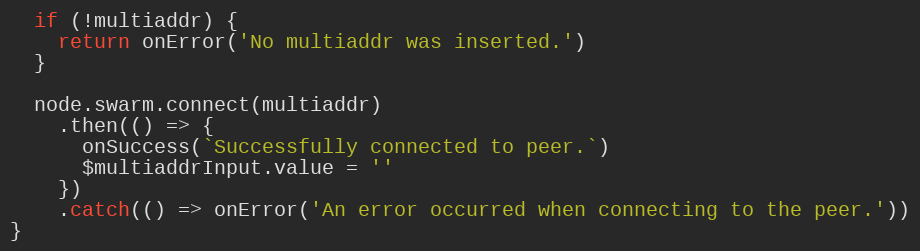
Language: JavaScript
  if (!multiaddr) {
    return onError('No multiaddr was inserted.')
  }

  node.swarm.connect(multiaddr)
    .then(() => {
      onSuccess(`Successfully connected to peer.`)
      $multiaddrInput.value = ''
    })
    .catch(() => onError('An error occurred when connecting to the peer.'))
}